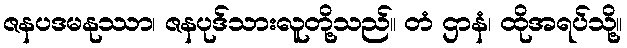
ဇနပဒမနုဿာ၊ ဇနပုဒ်သားလူတို့သည်။ တံ ဌာနံ၊ ထိုအရပ်သို့။